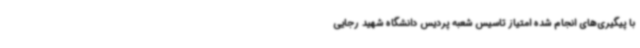
با پیگیری‌های انجام شده امتیاز تاسیس شعبه پردیس دانشگاه شهید رجایی